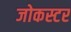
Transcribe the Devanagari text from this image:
जोकस्टर